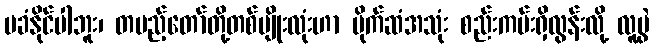
မခံနိုင်ပါဘူး၊ တပည့်တော်တို့တစ်မျိုးလုံးဟာ ပိုက်ဆံအသုံး စည်းကမ်းရှိလွန်းလို့ လူမွဲ